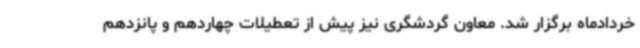
خردادماه برگزار شد. معاون گردشگری نیز پیش از تعطیلات چهاردهم و پانزدهم